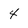
Character: 4